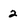
Character: 2